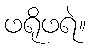
ဖရိုဖရဲ။